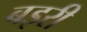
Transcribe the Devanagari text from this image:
बइरी